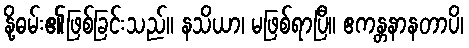
နို့ဓမ်း၏ဖြစ်ခြင်းသည်။ နသိယာ၊ မဖြစ်ရာပြီ။ ဧကန္တနာနတာပိ၊